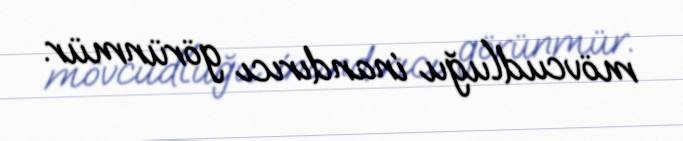
mövcudluğu inandırıcı görünmür.